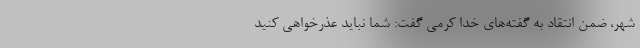
شهر، ضمن انتقاد به گفته‌های خدا کرمی گفت: شما نباید عذرخواهی کنید